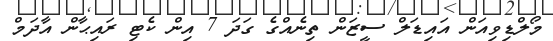
މޯލްޑިވިއަން އައިޑަލް ސީޒަން ތިނެއްގެ ގަދަ 7 އިން ކެޓި ރައިޙާން އާދަމް